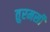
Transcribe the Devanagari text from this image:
तुरमसी